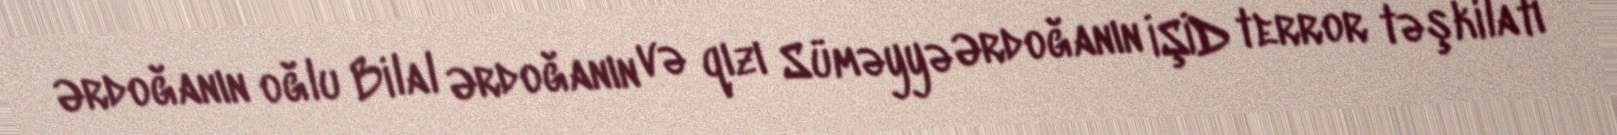
Ərdoğanın oğlu Bilal Ərdoğanın və qızı Süməyyə Ərdoğanın İŞİD terror təşkilatı